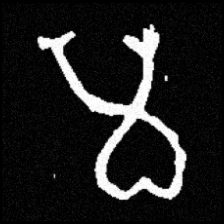
Pyu character \u2014 Myanmar letter: မ (romanized: ma)